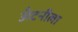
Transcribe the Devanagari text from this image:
अँटनीला